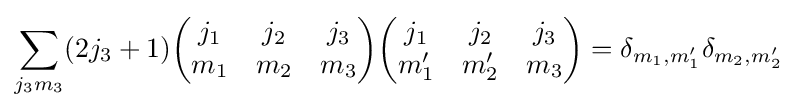
\sum _{j_{3}m_{3}}(2j_{3}+1){\begin{pmatrix}j_{1}&j_{2}&j_{3}\\m_{1}&m_{2}&m_{3}\end{pmatrix}}{\begin{pmatrix}j_{1}&j_{2}&j_{3}\\m_{1}'&m_{2}'&m_{3}\end{pmatrix}}=\delta _{m_{1},m_{1}'}\delta _{m_{2},m_{2}'}